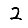
Digit: 2